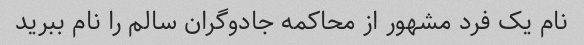
نام یک فرد مشهور از محاکمه جادوگران سالم را نام ببرید